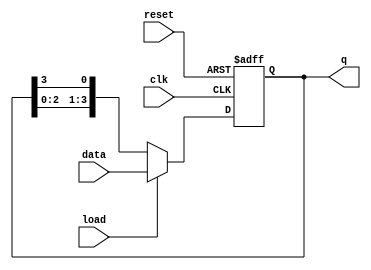
module LoadableRingCounter (
    input wire clk,          // Clock input
    input wire reset,        // Asynchronous reset input
    input wire load,         // Load input
    input wire [N-1:0] data, // Data input for loading
    output reg [N-1:0] q     // Output state of the counter
);
    parameter N = 4; // Number of flip-flops (adjust as needed)

    always @(posedge clk or posedge reset) begin
        if (reset) begin
            // Asynchronous reset to all zeros
            q <= {N{1'b0}};
        end else if (load) begin
            // Load the data input into the counter
            q <= data;
        end else begin
            // Ring counting mode
            q <= {q[N-2:0], q[N-1]}; // Shift left and wrap around
        end
    end
endmodule